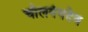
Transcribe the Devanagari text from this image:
चोलगंगदेव